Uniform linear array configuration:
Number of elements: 64
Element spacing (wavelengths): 1
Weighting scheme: cosine
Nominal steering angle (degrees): -30
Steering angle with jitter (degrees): -31.921
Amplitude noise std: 0.05
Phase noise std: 0.05

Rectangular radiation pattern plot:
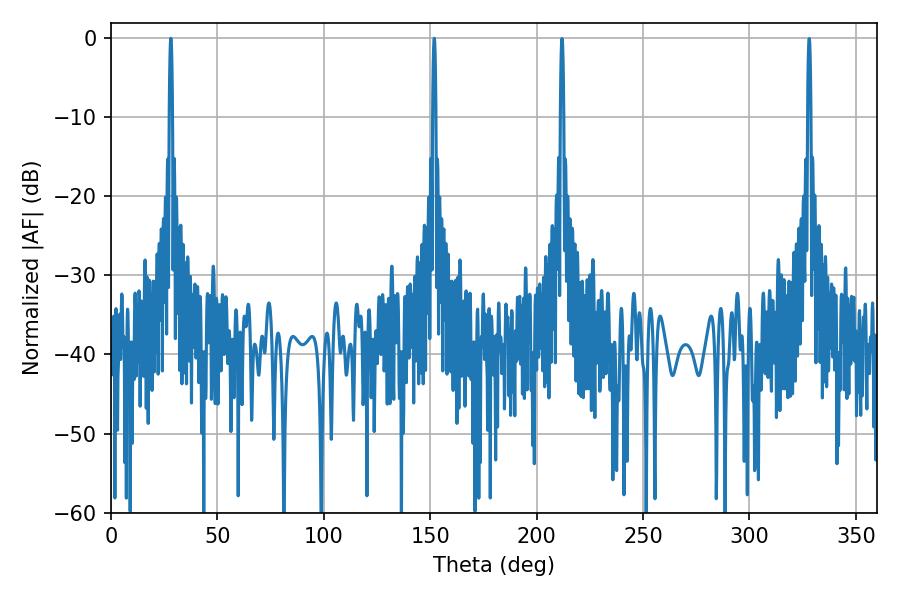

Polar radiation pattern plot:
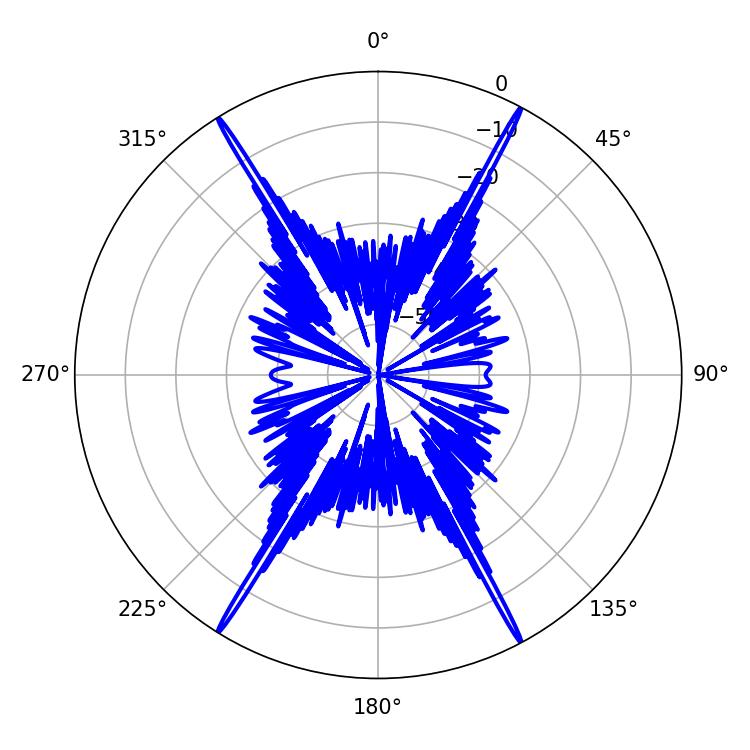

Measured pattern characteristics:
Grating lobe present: TRUE
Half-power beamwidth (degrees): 0.72
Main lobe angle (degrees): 28.08